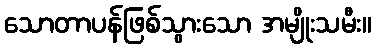
သောတာပန်ဖြစ်သွားသော အမျိုးသမီး။